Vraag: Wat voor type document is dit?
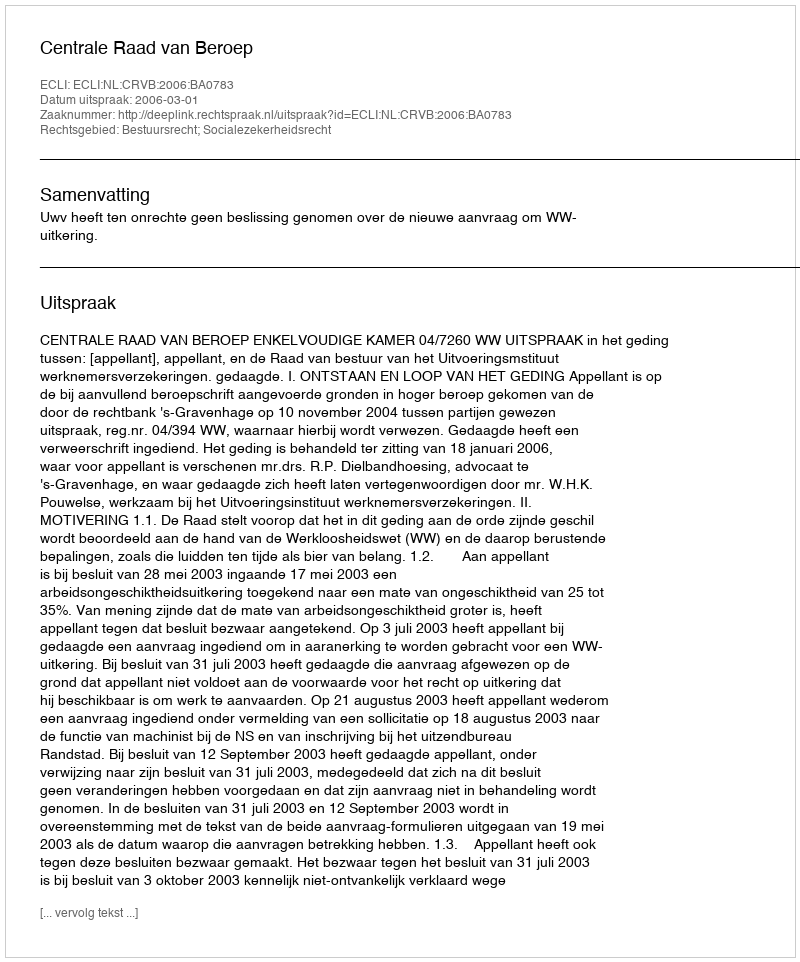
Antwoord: Uitspraak